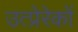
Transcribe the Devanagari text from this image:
उत्प्रेरेकों